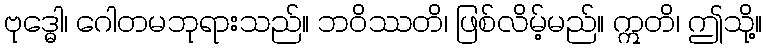
ဗုဒ္ဓေါ၊ ဂေါတမဘုရားသည်။ ဘဝိဿတိ၊ ဖြစ်လိမ့်မည်။ ဣတိ၊ ဤသို့။